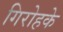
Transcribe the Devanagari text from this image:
गिरोहके